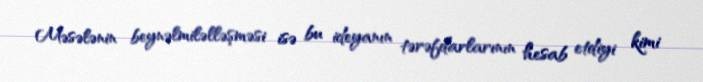
Məsələnin beynəlmiləlləşməsi isə bu ideyanın tərəfdarlarının hesab etdiyi kimi